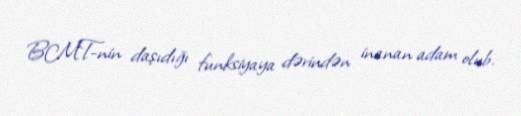
BMT-nin daşıdığı funksiyaya dərindən inanan adam olub.